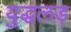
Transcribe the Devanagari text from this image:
युद्धलड़